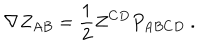
\nabla Z _ { A B } = { \frac { 1 } { 2 } } Z ^ { C D } P _ { A B C D } \ .